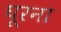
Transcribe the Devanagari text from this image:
घूरना